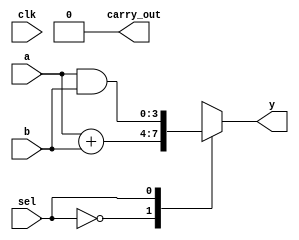
module cpld_example (
    input wire clk,          // Clock input
    input wire [3:0] a,     // 4-bit input
    input wire [3:0] b,     // 4-bit input
    input wire sel,         // Select signal for multiplexer
    output reg [3:0] y,     // 4-bit output
    output reg carry_out     // Carry output for arithmetic
);

// Logic Block 1: Combinational Logic
wire [3:0] sum;
wire [3:0] and_out;
wire [3:0] or_out;

// Simple Adder Logic
assign sum = a + b;

// Simple AND and OR Logic
assign and_out = a & b;
assign or_out = a | b;

// Logic Block 2: Multiplexer
always @(*) begin
    case (sel)
        1'b0: y = sum;       // Output sum when sel is 0
        1'b1: y = and_out;   // Output AND result when sel is 1
        default: y = 4'b0000; // Default case
    endcase
end

// Carry Logic
always @(*) begin
    if (sum[4])           // Check for carry out
        carry_out = 1'b1;
    else
        carry_out = 1'b0;
end

// I/O Configuration
// In a real CPLD, I/O buffers would be configured for voltage levels and drive capabilities
// Here we simulate it through simple assignments

// The I/O pins are assumed to be configured accordingly in the synthesis tool

endmodule